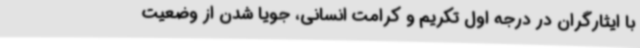
با ایثارگران در درجه اول تکریم و کرامت انسانی، جویا شدن از وضعیت